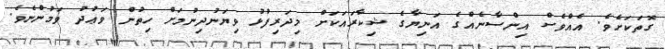
ގޮތަކަށެވެ. އެއްވެސް އިންސާނެއްގެ އަނިޔާގެ ޝިކާރައަކަށް މިދަރިފުޅު ވިޔަނުދިނުމަށް ހިތުން ވަޢުދު ވަމުންނެވެ.